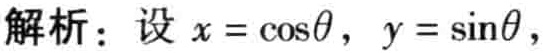
解析：设 \(x = \cos\theta\)，\(y = \sin\theta\)，